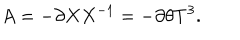
LaTeX: A = - \partial X X ^ { - 1 } = - \partial \theta T ^ { 3 } .